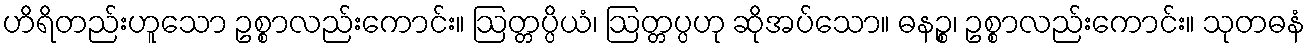
ဟိရိတည်းဟူသော ဥစ္စာလည်းကောင်း။ ဩတ္တပ္ပိယံ၊ ဩတ္တပ္ပဟု ဆိုအပ်သော။ ဓနဉ္စ၊ ဥစ္စာလည်းကောင်း။ သုတဓနံ